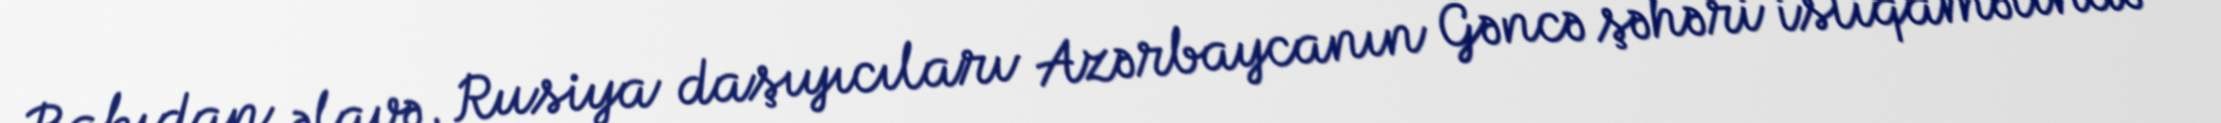
Bakıdan əlavə, Rusiya daşıyıcıları Azərbaycanın Gəncə şəhəri istiqamətində